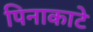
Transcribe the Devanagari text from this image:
पिनाकाटे